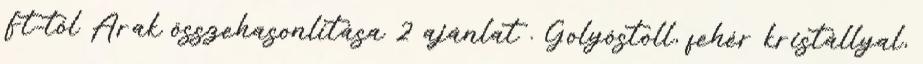
Ft-tól Árak összehasonlítása 2 ajánlat . Golyóstoll, fehér kristállyal,